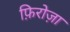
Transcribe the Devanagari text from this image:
फ़िरोज़ा